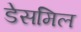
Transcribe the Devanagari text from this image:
डेसमिल